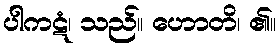
ပါကဋံ၊ သည်။ ဟောတိ၊ ၏။